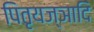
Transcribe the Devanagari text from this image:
पितृयज्ञादि